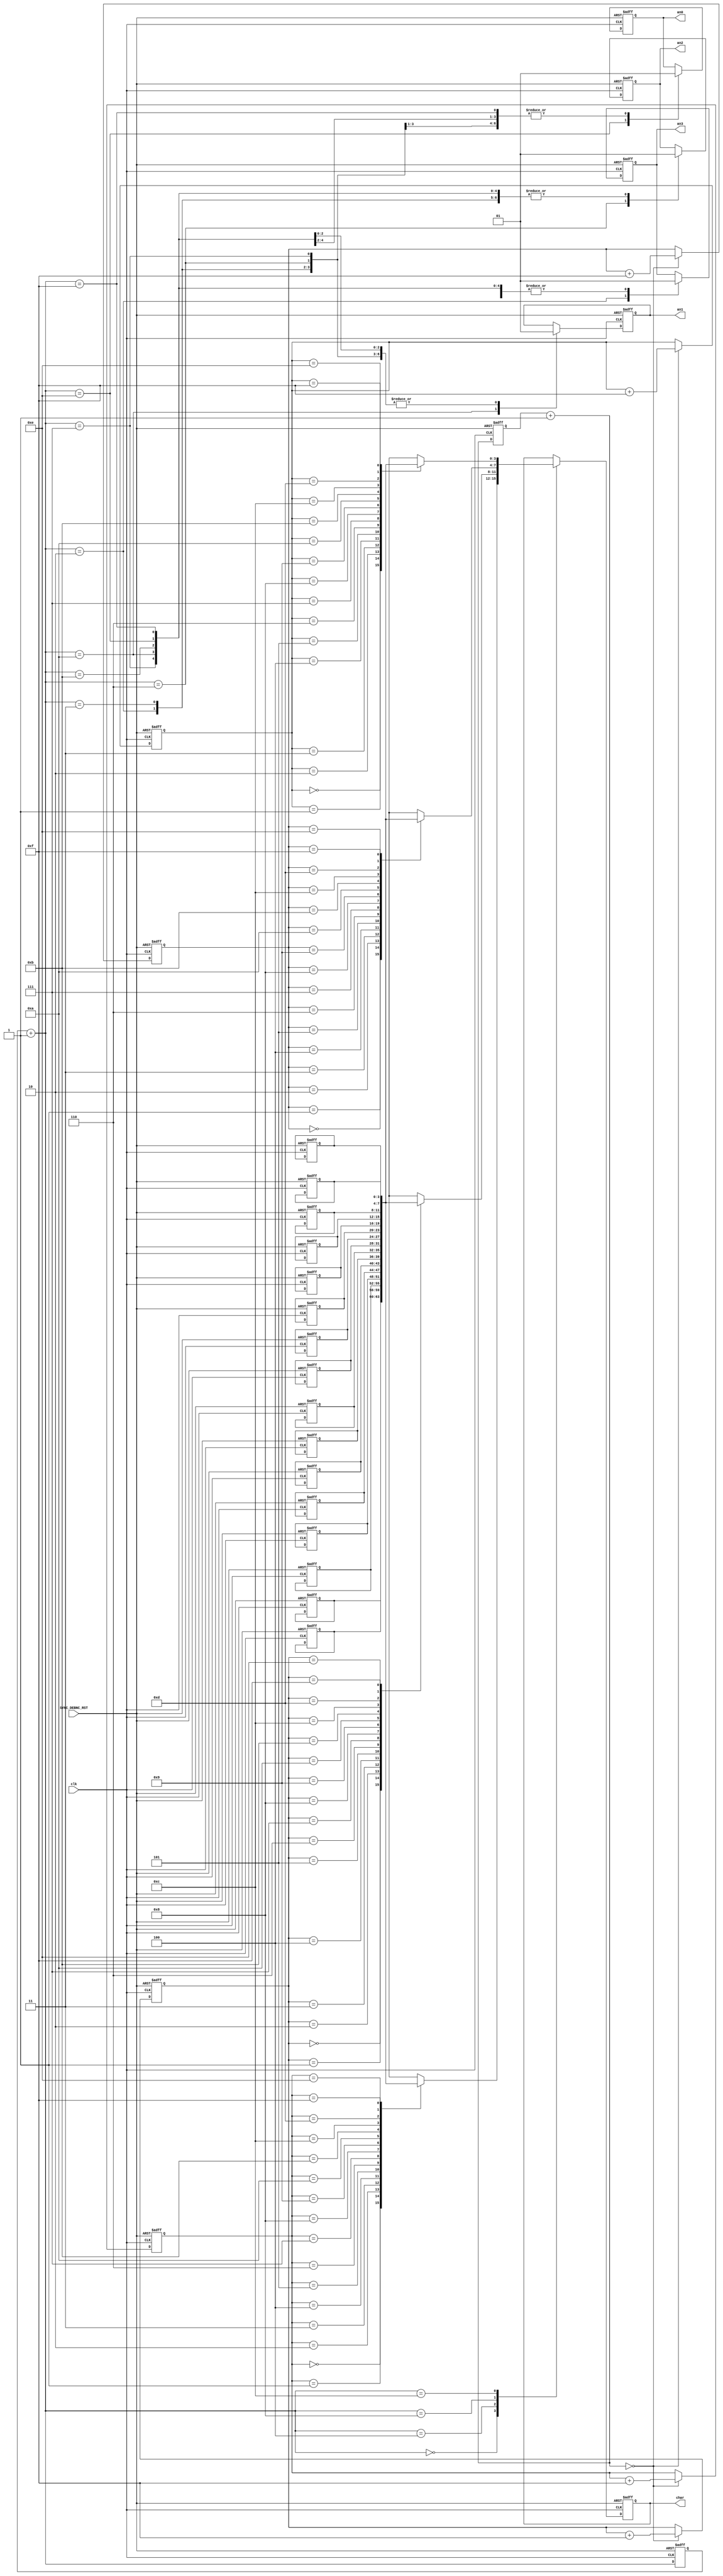
`timescale 1ns / 1ps
//////////////////////////////////////////////////////////////////////////////////
// Company: 
// Engineer: 
// 
// Design Name: 
// Module Name:    an_driver 
// Project Name: 
// Target Devices: 
// Tool versions: 
// Description: 
//
// Dependencies: 
//
// Revision: 
// Revision 0.01 - File Created
// Additional Comments: 
//
//////////////////////////////////////////////////////////////////////////////////
module an_driver(
    input clk,
    input SYNC_DEBNC_RST,
	 //input SYNC_DEBNC_BTN,
    output reg an0,
    output reg an1,
    output reg an2,
    output reg an3,
    output reg [3:0] char = 4'b1111
    );

parameter AN_COUNTER_WIDTH = 4;
parameter TIME_COUNTER_WIDTH = 10;

reg [AN_COUNTER_WIDTH - 1:0] an_counter = 4'b1111;
reg [3:0] message [0:15];
//button counters
reg [3:0] message_counter_an0 = 4'b0000;
reg [3:0] message_counter_an1 = 4'b0001;
reg [3:0] message_counter_an2 = 4'b0010;
reg [3:0] message_counter_an3 = 4'b0011;

//gia na metraei 1,34 s
//reg [26:0] time_counter;

//gia xarh proswmoiwshs
reg [TIME_COUNTER_WIDTH - 1:0] time_counter;

//gia thn mnhmh kai tous counters ths mnhmhs. To lath pshfio exei ton diko tou
//counter pou deixnei sthn energh thesi mnhmhs
always@(posedge clk or posedge SYNC_DEBNC_RST) //to roloi tha ayksanei enan metrith
begin
	if(SYNC_DEBNC_RST == 1)
	begin
		//mnhmh
		message[0] = 4'b0000;
		message[1] = 4'b0001;
		message[2] = 4'b0010;
		message[3] = 4'b0011;
		message[4] = 4'b0100;
		message[5] = 4'b0101;
		message[6] = 4'b0110;
		message[7] = 4'b0111;
		message[8] = 4'b1000;
		message[9] = 4'b1001;
		message[10] = 4'b1010;
		message[11] = 4'b1011;
		message[12] = 4'b1100;
		message[13] = 4'b1101;
		message[14] = 4'b1110;
		message[15] = 4'b1111;
		//metrhtes
		message_counter_an3 = 4'b0011;
		message_counter_an2 = 4'b0010;
		message_counter_an1 = 4'b0001;
		message_counter_an0 = 4'b0000;
		
		//gia to meros d
		time_counter = 0;
	end
	else
	begin//ayksanoumai ton metrith kata 1, as poume oti exei 6 bit. Kathe fora pou mhdenizei tha allazoume ta message counter
		time_counter = time_counter + 1;
		
		if(time_counter == 0)
		begin
			message_counter_an3 = message_counter_an3 + 4'b1111;
			message_counter_an2 = message_counter_an2 + 4'b1111;
			message_counter_an1 = message_counter_an1 + 4'b1111;
			message_counter_an0 = message_counter_an0 + 4'b1111;
		end
	end	
end

always@(posedge clk or posedge SYNC_DEBNC_RST)
begin
	if(SYNC_DEBNC_RST == 1)
	begin
		an_counter = 4'b1111;
		//an_counter = 21'b1_1111_1111_1111_1111_1111;
		char = 4'b0000;
		an0 = 1; 
		an1 = 1; 
		an2 = 1; 
		an3 = 1;
	end
	else
	begin
		an_counter = an_counter + 4'b0001;
		//an_counter = an_counter + 21'b1;
		//if(an_counter == 21'b1_1010_0110_1010_0000_0000)//se aythn thn timh metrhsame 16ms
		//begin
			//an_counter = 21'b0_0010_0000_0000_0000_0000;
		//end
		case(an_counter)
			//h kathe anodos menei sto 0 gia 1 ms kai h apostash metaksi 2 anodwn 
			//pou ginontai mhden einai 3 ms ara synolika petyxainoume refresh rate 16ms
		
			//21'b0_0010_0000_0000_0000_0000: begin an0 = 0; an1 = 1; an2 = 1; an3 = 1; end
			//21'b0_0011_1000_0110_1010_0000: begin an0 = 1; an1 = 1; an2 = 1; an3 = 1; end
			//1_1000_0110_1010_0000 -> 1ms with 10ns period
			
			//21'b0_1000_0001_1010_1000_0000: begin an0 = 1; an1 = 0; an2 = 1; an3 = 1; end
			//21'b0_1001_1010_0001_0010_0000: begin an0 = 1; an1 = 1; an2 = 1; an3 = 1; end
			//000_0100_1001_0011_1110_0000 -> 3ms with 10ns period
			
			//21'b0_1110_0011_0101_0000_0000: begin an0 = 1; an1 = 1; an2 = 0; an3 = 1; end
			//21'b0_1111_1011_1011_1010_0000: begin an0 = 1; an1 = 1; an2 = 1; an3 = 1; end
			
			//21'b1_0100_0100_1111_1000_0000: begin an0 = 1; an1 = 1; an2 = 1; an3 = 0; end
			//21'b1_0101_1101_0110_0010_0000: begin an0 = 1; an1 = 1; an2 = 1; an3 = 1; end
			
			4'b0010: begin an0 = 1; an1 = 1; an2 = 1; an3 = 0; end
			4'b0011: begin an0 = 1; an1 = 1; an2 = 1; an3 = 1; end
			
			4'b0110: begin an0 = 1; an1 = 1; an2 = 0; an3 = 1; end
			4'b0111: begin an0 = 1; an1 = 1; an2 = 1; an3 = 1; end
			
			4'b1010: begin an0 = 1; an1 = 0; an2 = 1; an3 = 1; end
			4'b1011: begin an0 = 1; an1 = 1; an2 = 1; an3 = 1; end
			
			4'b1110: begin an0 = 0; an1 = 1; an2 = 1; an3 = 1; end
			4'b1111: begin an0 = 1; an1 = 1; an2 = 1; an3 = 1; end
			//gia na exoun xrono ta dedomena prpeie na ftasoun prin thn anodo twn endeiksewn toulaxiston 1 bhma
			//edw tha allazw ta dedomena endeiksis 2 bhmata metriti prin thn anodo
			
			//proetoimasia endeiksewn prin thn an0
			//21'b1_0111_0101_1100_1100_0000: begin char = 4'b0000; end
			4'b0000: char = message[message_counter_an0];
			
			//proetoimasia endeiksewn prin thn an1
			//21'b0_0101_0000_1101_0100_0000: begin char = 4'b0001; end
			4'b0100: char = message[message_counter_an1];
			//proetoimasia endeiksewn prin thn an2
			//21'b0_1011_0010_0111_1100_0000: begin char = 4'b0010; end
			4'b1000: char = message[message_counter_an2];
			//proetoimasia endeiksewn prin thn an3
			//21'b1_0001_0100_0010_0100_0000: begin char = 4'b0011; end
			4'b1100: char = message[message_counter_an3];
			
		endcase	
	end
end
endmodule